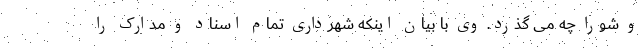
و شورا چه می گذرد. وی با بیان اینکه شهرداری تمام اسناد و مدارک را